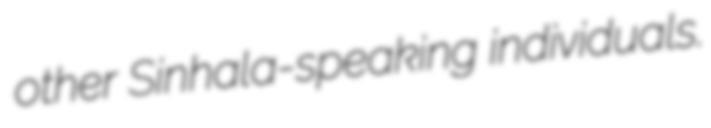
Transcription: other Sinhala-speaking individuals.